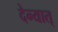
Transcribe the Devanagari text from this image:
देन्यात्